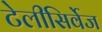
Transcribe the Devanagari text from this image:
टेलीसिर्वेज